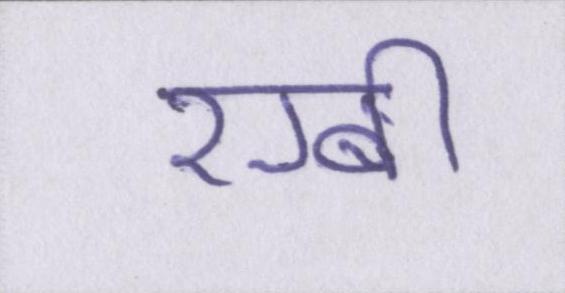
रग्बी